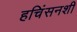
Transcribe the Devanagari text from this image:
हचिंसनशी